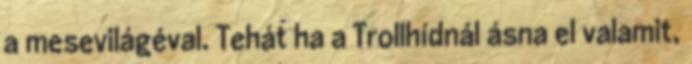
a mesevilágéval. Tehát ha a Trollhídnál ásna el valamit,